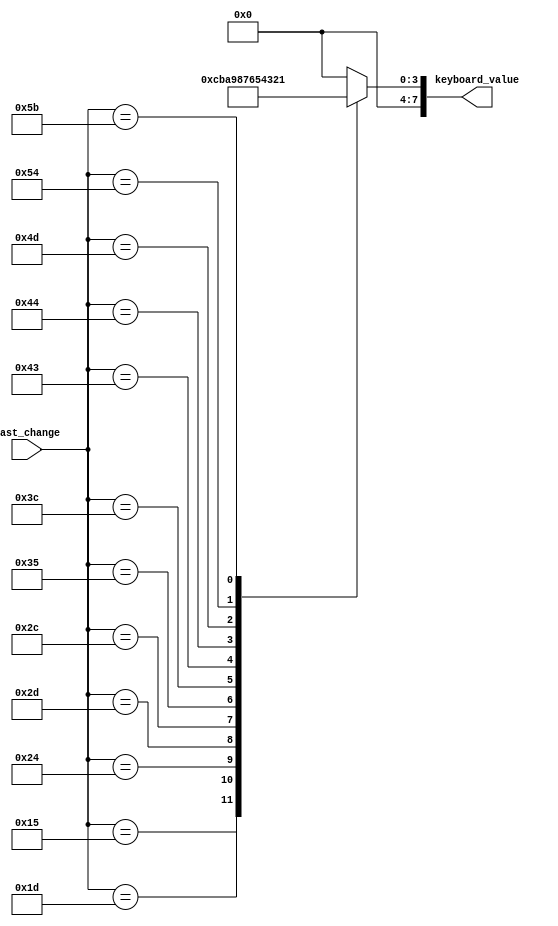
module keyboard_value_converter(
    input [7:0] last_change,
    output reg [7:0] keyboard_value
);

always @(*) begin
    case(last_change)
        16'h15: keyboard_value = 12; //Q
        16'h1D: keyboard_value = 11; //W
        16'h24: keyboard_value = 10; //E
        16'h2D: keyboard_value = 9; //R
        16'h2C: keyboard_value = 8; //T
        16'h35: keyboard_value = 7; //Y
        16'h3C: keyboard_value = 6; //U
        16'h43: keyboard_value = 5; //I
        16'h44: keyboard_value = 4; //O
        16'h4D: keyboard_value = 3; //P
        16'h54: keyboard_value = 2; //[
        16'h5B: keyboard_value = 1; //]
        default: keyboard_value = 0;
    endcase
end

endmodule